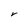
Character: V